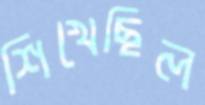
শিখেছিল